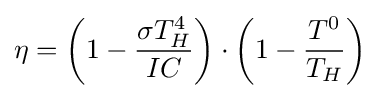
\eta =\left(1-{\frac {\sigma T_{H}^{4}}{IC}}\right)\cdot \left(1-{\frac {T^{0}}{T_{H}}}\right)